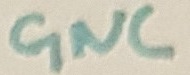
Text: GND